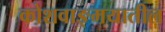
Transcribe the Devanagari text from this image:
कोशवाङ्मयातील